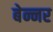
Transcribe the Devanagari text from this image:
बेन्नर